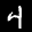
Label: 4